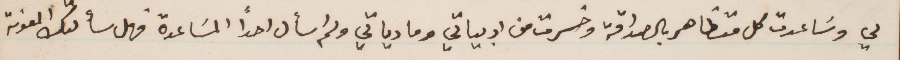
لي وساعدت كل متظاهر بالصداقة وخسرت من ادبياتي ومادياتي ولم اسأل احدًا للمساعدة فهل سألتك المعونة